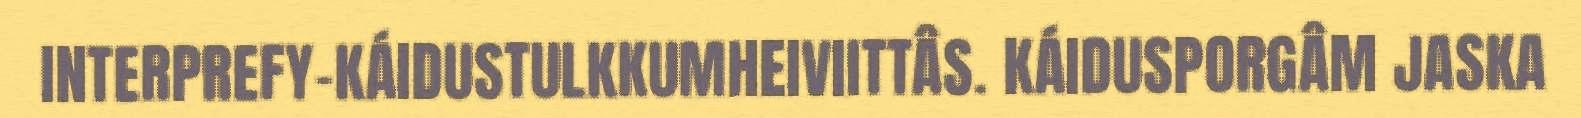
INTERPREFY-KÁIDUSTULKKUMHEIVIITTÂS. KÁIDUSPORGÂM JASKA